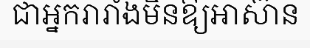
ជាអ្នករារាំងមិនឱ្យអាស៊ាន